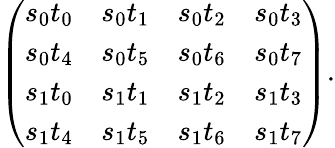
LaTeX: \left(\begin{array}{llll}{s_{0}t_{0}}&{s_{0}t_{1}}&{s_{0}t_{2}}&{s_{0}t_{3}}\\ {s_{0}t_{4}}&{s_{0}t_{5}}&{s_{0}t_{6}}&{s_{0}t_{7}}\\ {s_{1}t_{0}}&{s_{1}t_{1}}&{s_{1}t_{2}}&{s_{1}t_{3}}\\ {s_{1}t_{4}}&{s_{1}t_{5}}&{s_{1}t_{6}}&{s_{1}t_{7}}\end{array}\right).